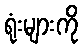
ရုံးများကို